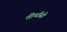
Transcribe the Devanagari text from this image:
तीर्थासी